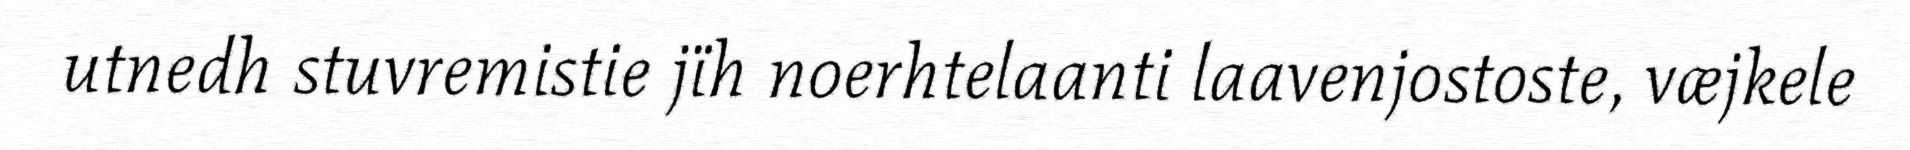
utnedh stuvremistie jïh noerhtelaanti laavenjostoste, væjkele